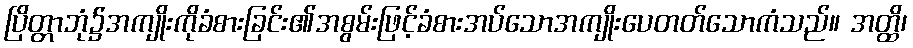
ပြိတ္တာဘုံ၌အကျိုးကိုခံစားခြင်း၏အစွမ်းဖြင့်ခံစားအပ်သောအကျိုးပေတတ်သောကံသည်။ အတ္ထိ၊